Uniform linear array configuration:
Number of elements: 16
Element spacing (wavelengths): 0.5
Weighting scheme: kaiser
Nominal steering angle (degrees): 0
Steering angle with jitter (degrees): -0.5142
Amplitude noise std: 0.05
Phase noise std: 0.05

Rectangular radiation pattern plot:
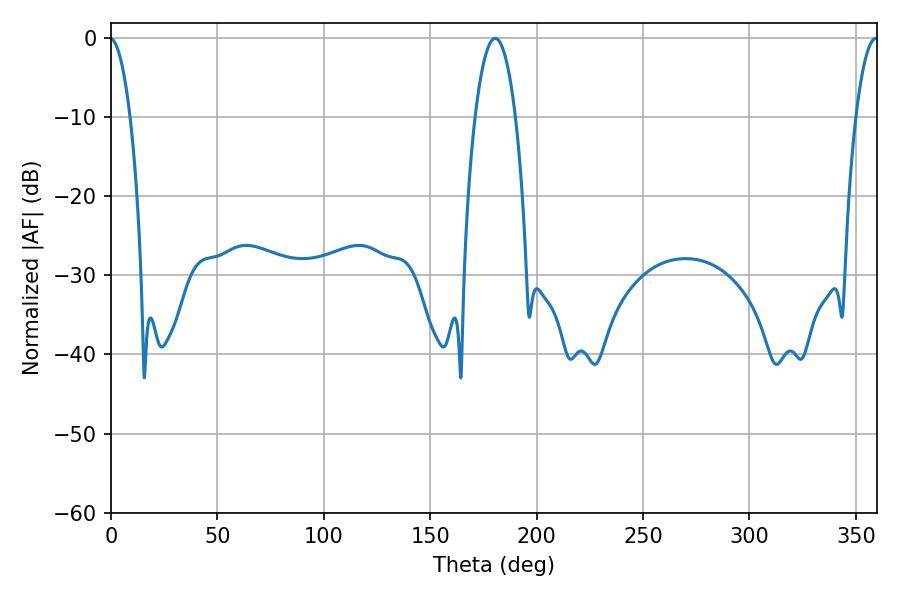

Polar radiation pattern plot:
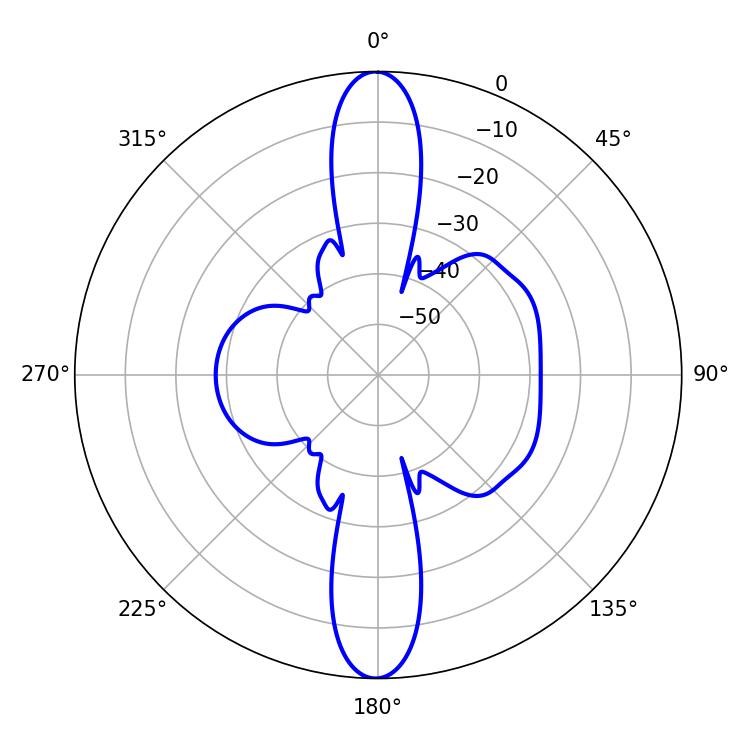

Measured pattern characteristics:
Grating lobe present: FALSE
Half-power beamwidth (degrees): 10.44
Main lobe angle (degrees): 180.54